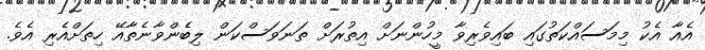
އެއާ އެކު މިމަސައްކަތުގައި ބައިވެރިވާ މީހުންނަށް އިތުރަށް ތަނަވަސްކަން ލިބެންވާނެތާއޭ ހިތަށްއެރި އެވެ.